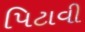
પિટાવી